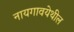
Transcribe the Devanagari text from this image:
नायगावयेथील